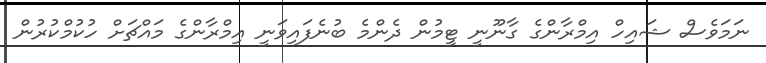
ނަމަވެސް ޝައިހް އިމްރާންގެ ގާނޫނީ ޓީމުން ދެންމެ ބުނެފައިވަނީ އިމްރާންގެ މައްޗަށް ހުކުމްކުރުން